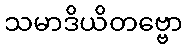
သမာဒိယိတဗ္ဗော